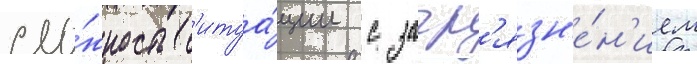
сло́жность с'итуа́ции с загр'язн'е́н'ием